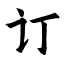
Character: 订